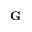
\mathbf { G }